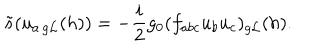
\tilde { s } ( u _ { a \, { g { \cal L } } } ( h ) ) = - \frac { i } { 2 } g _ { 0 } ( f _ { a b c } u _ { b } u _ { c } ) _ { g { \cal L } } ( h ) .